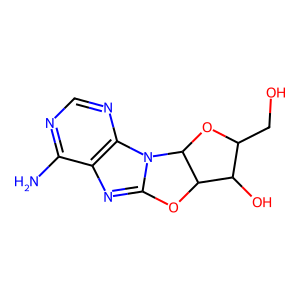
SMILES: Nc1ncnc2c1nc1n2C2OC(CO)C(O)C2O1
Inhibits HIV replication: No